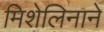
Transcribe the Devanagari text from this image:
मिशेलिनाने